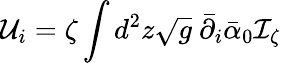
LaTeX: {\mathcal U}_{i}=\zeta\int d^{2}z\sqrt{g}\ \bar{\partial}_{i}\bar{\alpha}_{0}\mathcal I_{\zeta}